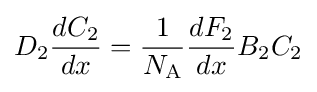
D_{2}{\frac {dC_{2}}{dx}}={\frac {1}{N_{\text{A}}}}{\frac {dF_{2}}{dx}}B_{2}C_{2}